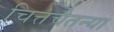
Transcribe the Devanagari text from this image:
चित्तचैतन्या